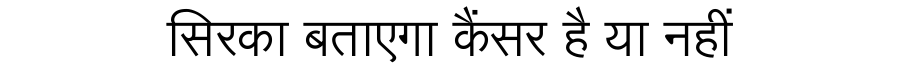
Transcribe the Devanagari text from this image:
सिरका बताएगा कैंसर है या नहीं